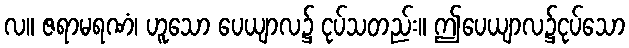
လ။ ဇရာမရဏံ၊ ဟူသော ပေယျာလ၌ ငုပ်သတည်း။ ဤပေယျာလ၌ငုပ်သော